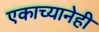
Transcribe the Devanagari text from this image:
एकाच्यानेही